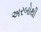
અરબોથી